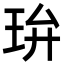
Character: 㺹